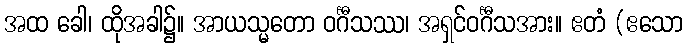
အထ ခေါ၊ ထိုအခါ၌။ အာယသ္မတော ဝင်္ဂီသဿ၊ အရှင်ဝင်္ဂီသအား။ ဧတံ (ဧသော